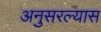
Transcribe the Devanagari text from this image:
अनुसरल्यास